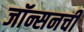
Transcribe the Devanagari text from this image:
जॉन्सनची